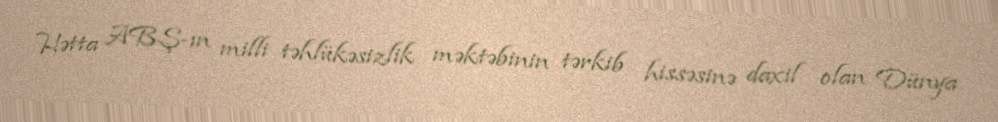
Hətta ABŞ-ın milli təhlükəsizlik məktəbinin tərkib hissəsinə daxil olan Dünya